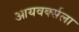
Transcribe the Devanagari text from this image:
आयवर्क्सला